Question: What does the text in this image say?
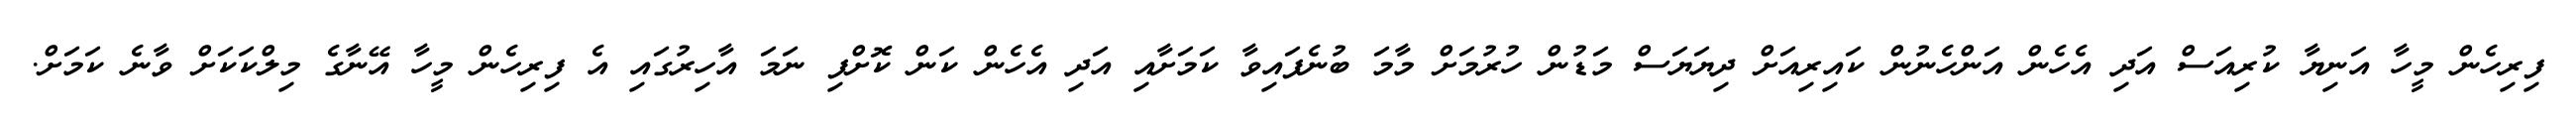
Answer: ފިރިހެން މީހާ އަނިޔާ ކުރިއަސް އަދި އެހެން އަންހެނުން ކައިރިއަށް ދިޔަޔަސް މަޑުން ހުރުމަށް މާމަ ބުނެފައިވާ ކަމަށާއި އަދި އެހެން ކަން ކޮށްފި ނަމަ އާހިރުގައި އެ ފިރިހެން މީހާ އޭނާގެ މިލްކަކަށް ވާނެ ކަމަށް.